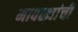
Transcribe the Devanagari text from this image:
मावळ्यांची